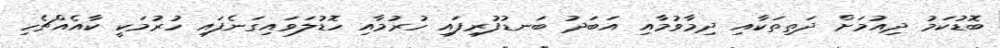
ބޮޑުކަމު ދިއުމަށް ދަތިތަކާއި ދިމާވުމާއި އަބަދު ބަނޑުފުރިފައި ހުރުމާއި ހޮޑުލަވައިގަނެފައި ހުރުމަކީ ކާއެއްޗެހި